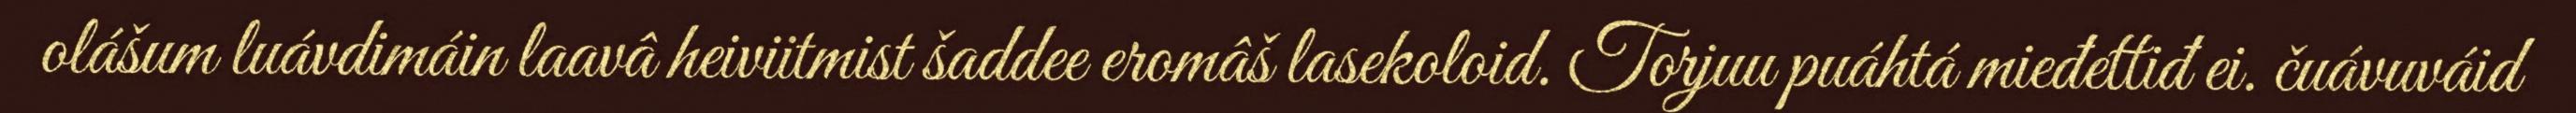
olášum luávdimáin laavâ heiviitmist šaddee eromâš lasekoloid. Torjuu puáhtá mieđettiđ ei. čuávuváid